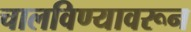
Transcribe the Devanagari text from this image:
चालविण्यावरून